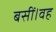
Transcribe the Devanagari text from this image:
बसीं।वह